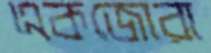
একজোরা